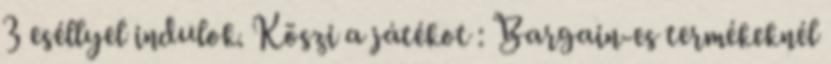
3 eséllyel indulok. Köszi a játékot : Bargain-es termékeknél